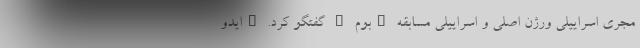
مجری اسراییلی ورژن اصلی و اسراییلی مسابقه "بوم " گفتگو کرد. "ایدو